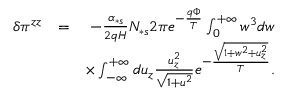
\begin{array} { r l r } { \delta \pi ^ { z z } } & { = } & { - \frac { \alpha _ { \ast s } } { 2 q H } N _ { \ast s } 2 \pi e ^ { - \frac { q \Phi } { T } } \int _ { 0 } ^ { + \infty } w ^ { 3 } d w } \\ & { } & { \times \int _ { - \infty } ^ { + \infty } d u _ { z } \frac { u _ { z } ^ { 2 } } { \sqrt { 1 + u ^ { 2 } } } e ^ { - \frac { \sqrt { 1 + w ^ { 2 } + u _ { z } ^ { 2 } } } { T } } . } \end{array}